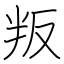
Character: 叛